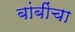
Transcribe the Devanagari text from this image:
बांबींचा